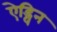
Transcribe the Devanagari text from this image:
ऐड्विन